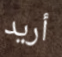
أريد